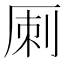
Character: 𠩪